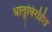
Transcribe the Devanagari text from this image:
धातूविरहित